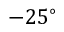
- 2 5 ^ { \circ }